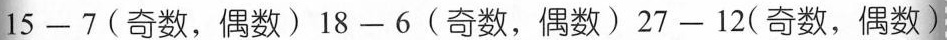
$$1 5 - 7$$(奇数，偶数)$$1 8 - 6$$(奇数，偶数)$$2 7 - 1 2$$(奇数，偶数)